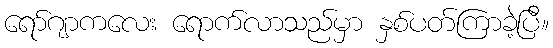
ရော်ဂျာကလေး ရောက်လာသည်မှာ နှစ်ပတ်ကြာခဲ့ပြီ။